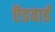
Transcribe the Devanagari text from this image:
ऍडवार्ड